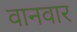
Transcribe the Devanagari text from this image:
वानवार